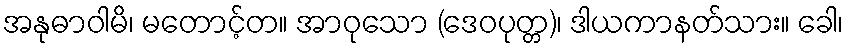
အနုဓာဝါမိ၊ မတောင့်တ။ အာဝုသော (ဒေဝပုတ္တ)၊ ဒါယကာနတ်သား။ ခေါ၊